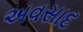
અવસાદ